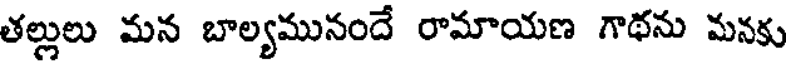
తల్లులు మన బాల్యమునందే రామాయణ గాథను మనకు